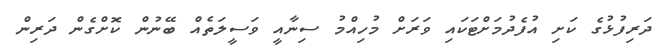
ދަރިފުޅުގެ ކަށި އުފެދުމަށްޓަކައި ވަރަށް މުހިއްމު ސިނާއީ ވަސީލަތެއް ބޭނުން ކޮށްގެން ދަރިން